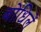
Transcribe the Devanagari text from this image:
बोधिलें